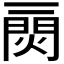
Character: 𤌎